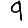
Digit: 9